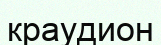
краудион